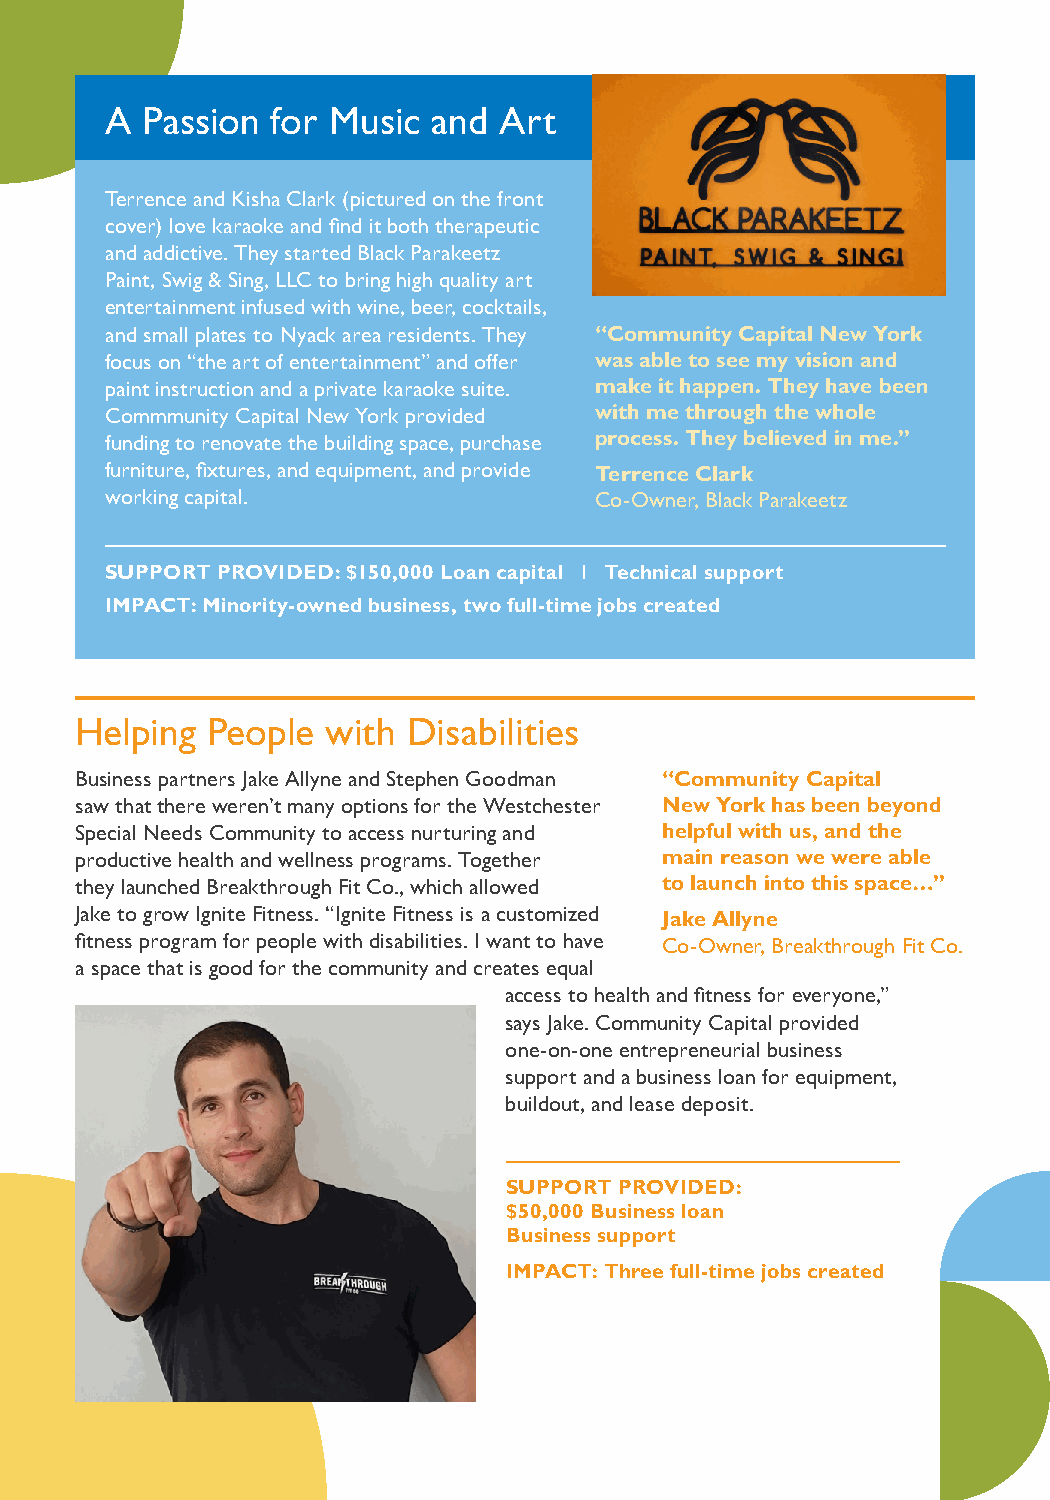
A Passion  for Music  and Art
 Terrence and Kisha Clark (pictured on the front
 cover) love karaoke and find it both therapeutic
 and addictive. They started Black Parakeetz
 Paint, Swig & Sing, LLC to bring high quality art
 entertainment infused with wine, beer, cocktails,
 and small plates to Nyack area residents. They “Community Capital New York
 focus on “the art of entertainment” and offer was able to see my vision and
 paint instruction and a private karaoke suite. make it happen. They have been
 Commmunity Capital New York provided with me through the whole
 funding to renovate the building space, purchase process. They believed in me.”
 furniture, fixtures, and equipment, and provide Terrence Clark
 working capital.                Co-Owner, Black Parakeetz
 SUPPORT PROVIDED: $150,000 Loan capital I Technical support
 IMPACT: Minority-owned business, two full-time jobs created
 Helping  People  with Disabilities
 Business partners Jake Allyne and Stephen Goodman “Community Capital
 saw that there weren’t many options for the Westchester New York has been beyond
 Special Needs Community to access nurturing and helpful with us, and the
 productive health and wellness programs. Together main reason we were able
 they launched Breakthrough Fit Co., which allowed to launch into this space…”
 Jake to grow Ignite Fitness. “Ignite Fitness is a customized Jake Allyne
 fitness program for people with disabilities. I want to have Co-Owner, Breakthrough Fit Co.
 a space that is good for the community and creates equal
 access to health and fitness for everyone,”
 says Jake. Community Capital provided
 one-on-one entrepreneurial business
 support and a business loan for equipment,
 buildout, and lease deposit.
 SUPPORT PROVIDED:
 $50,000 Business loan
 Business support
 IMPACT: Three full-time jobs created